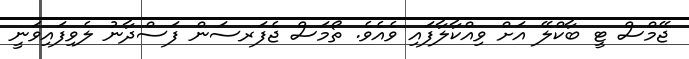
ޖޭމްސް ޓީ ބާކްލޭ އަށް ވިއްކާލާފައި ވެއެވެ. ތޯމަސް ޖެފަރސަން ފަސްދާނު ލެވިފައިވަނީ